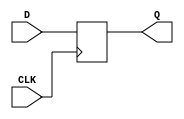
module d_flip_flop (
    input wire D,
    input wire CLK,
    output reg Q
);

always @(posedge CLK)
    Q <= D;

endmodule